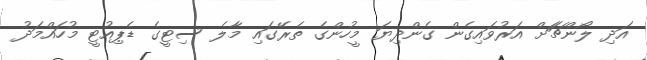
އަދި ލޯންޗަަށް އަރުވައިގެން ގެންދިޔަ މީހުންގެ ތެރޭގައި މާލެ ސިޓީގެ ޑެޕިއުޓީ މުހައްމަދު